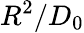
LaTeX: R^{2}/D_{0}